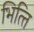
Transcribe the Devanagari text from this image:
भित्‍ति